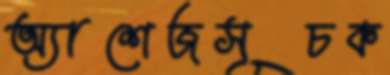
অ্যাশেজসূচক